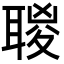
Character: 𦖸